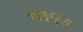
૧૨૯૬૨